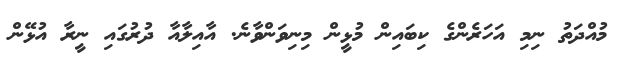
މުއްދަތު ނިމި އަހަރެންގެ ކިބައިން މުޅީން މިނިވަންވާނެ. އާއިލާއާ ދުރުގައި ނީރާ އުޅޭން